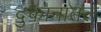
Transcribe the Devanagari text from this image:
दुकानातले